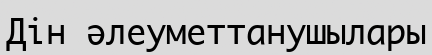
Дін әлеуметтанушылары